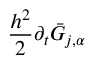
\frac { h ^ { 2 } } { 2 } \partial _ { t } \bar { G } _ { j , \alpha }